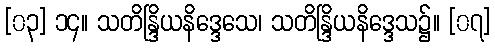
[၀၃] ၁၄။ သတိန္ဒြိယနိဒ္ဒေသေ၊ သတိန္ဒြိယနိဒ္ဒေသ၌။ [၀၇]